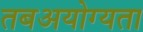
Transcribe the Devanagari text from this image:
तबअयोग्यता